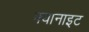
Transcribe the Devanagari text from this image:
क्यानाइट